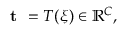
\textbf { t } = T ( \boldsymbol { \xi } ) \in \mathbb { R } ^ { C } ,